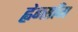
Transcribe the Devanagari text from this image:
ह्वेन्साँग